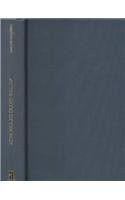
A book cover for At the Gates of the East; Omer Hadziselimovic; Travel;